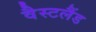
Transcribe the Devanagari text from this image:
वैस्टलैंड